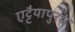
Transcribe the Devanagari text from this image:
एट्टैयापुरम